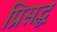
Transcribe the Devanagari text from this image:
प्रिसद्ध